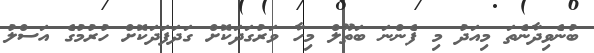
ބުނެވިދާނެތަ މިއަދު މި ފެންނަ ބަތޫލް މިހާ ވަރުގަދަކޮށް ގަދަފަދަކޮށް ހުރުމުގެ އަސްލު